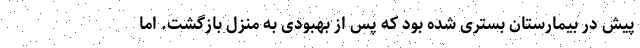
پیش در بیمارستان بستری شده بود که پس از بهبودی به منزل بازگشت. اما